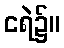
ငရဲ၌။